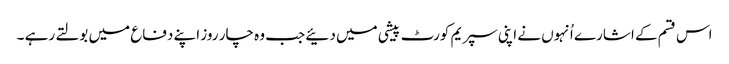
اس قسم کے اشارے اُنہوں نے اپنی سپریم کورٹ پیشی میں دئیے جب وہ چار روز اپنے دفاع میں بولتے رہے ۔